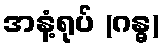
အနံ့ရုပ် (ဂန္ဓ)